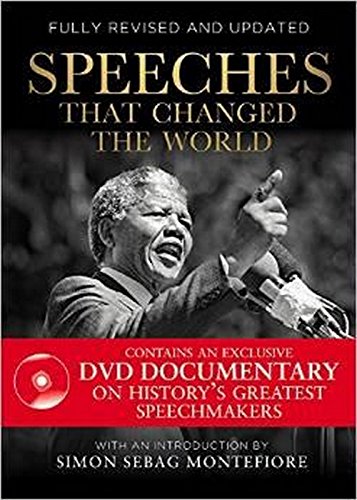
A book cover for Speeches That Changed the World: Accompanied by a One-Hour; Simon Sebag Montefiore; Literature & Fiction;